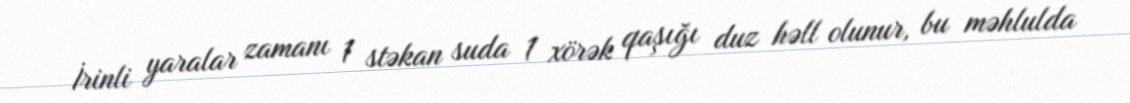
İrinli yaralar zamanı 1 stəkan suda 1 xörək qaşığı duz həll olunur, bu məhlulda